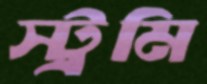
স্ট্রমি